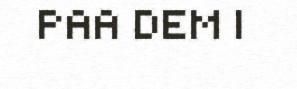
PAA DEM I